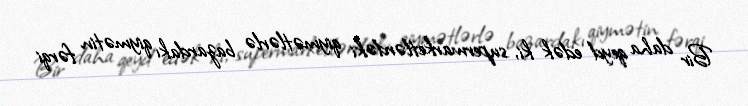
Bir daha qeyd edək ki, supermarketlərdəki qiymətlərlə bazardakı qiymətin fərqi